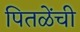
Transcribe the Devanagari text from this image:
पितळेंची